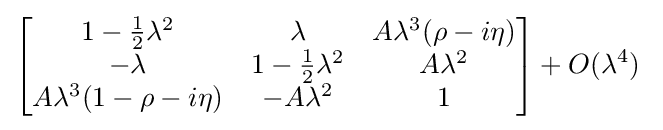
{\begin{bmatrix}1-{\tfrac {1}{2}}\lambda ^{2}&\lambda &A\lambda ^{3}(\rho -i\eta )\\-\lambda &1-{\tfrac {1}{2}}\lambda ^{2}&A\lambda ^{2}\\A\lambda ^{3}(1-\rho -i\eta )&-A\lambda ^{2}&1\end{bmatrix}}+O(\lambda ^{4})~